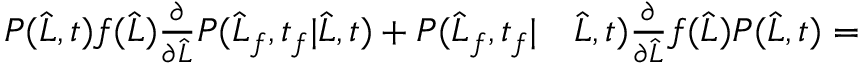
\begin{array} { r l } { P ( \widehat { L } , t ) f ( \widehat { L } ) \frac { \partial } { \partial \widehat { L } } P ( \widehat { L } _ { f } , t _ { f } | \widehat { L } , t ) + P ( \widehat { L } _ { f } , t _ { f } | } & { { } \widehat { L } , t ) \frac { \partial } { \partial \widehat { L } } f ( \widehat { L } ) P ( \widehat { L } , t ) = } \end{array}